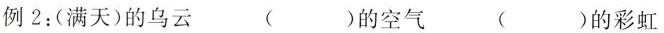
例 2：(满天)的乌云 ()的空气 ()的彩虹